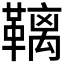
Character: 𮧩